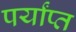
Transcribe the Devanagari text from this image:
पर्यांप्त